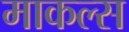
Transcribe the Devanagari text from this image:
माकल्स